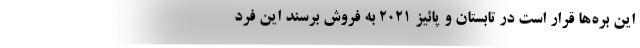
این بره‌ها قرار است در تابستان و پائیز 2021 به فروش برسند این فرد